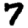
Digit: 7